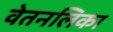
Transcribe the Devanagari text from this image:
वेतनलिका